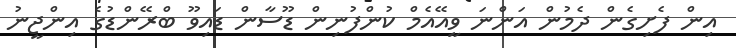
އިން ފެށިގެން ދެމުން އަންނަ ވީއޭއެމް ކުންފުނިން ޑޫސާން ޑައިވޫ ބްރޭންޑުގެ އިންޖީނު